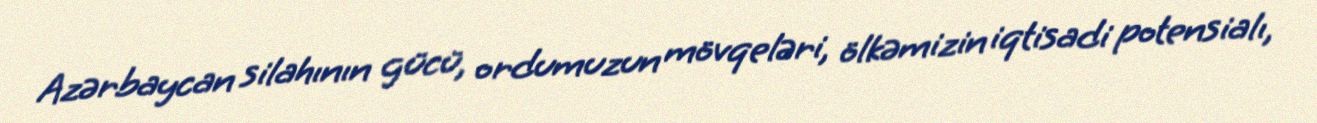
Azərbaycan silahının gücü, ordumuzun mövqeləri, ölkəmizin iqtisadi potensialı,